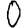
Digit: 0